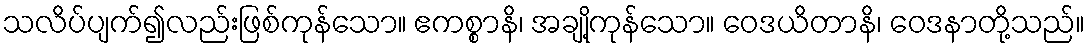
သလိပ်ပျက်၍လည်းဖြစ်ကုန်သော။ ဧကစ္စာနိ၊ အချို့ကုန်သော။ ဝေဒယိတာနိ၊ ဝေဒနာတို့သည်။